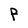
Character: P